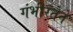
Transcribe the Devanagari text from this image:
गंभीरतेने